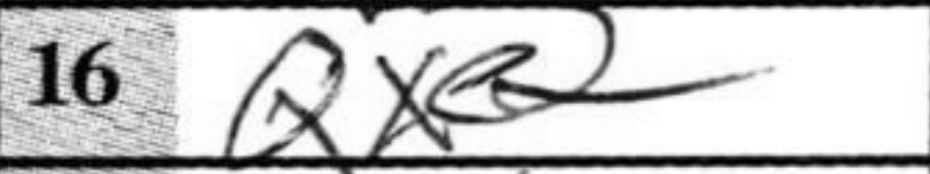
Transcription: Qxe2